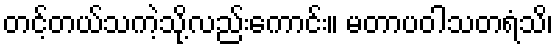
တင့်တယ်သကဲ့သို့လည်းကောင်း။ မတာပဝါသတရံသိ၊